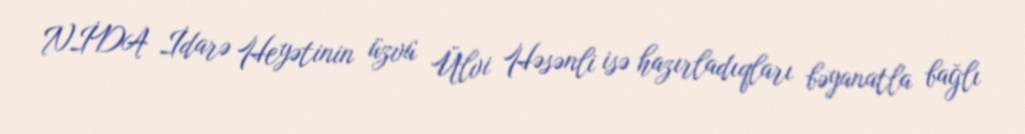
NİDA İdarə Heyətinin üzvü Ülvi Həsənli isə hazırladıqları bəyanatla bağlı